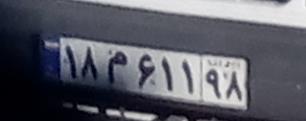
۱۸م۶۱۱۹۸